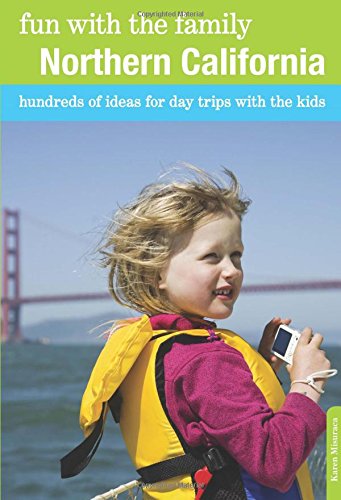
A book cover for Fun with the Family Northern California: Hundreds Of Ideas For Day Trips With The Kids (Fun with the Family Series); Karen Misuraca; Travel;